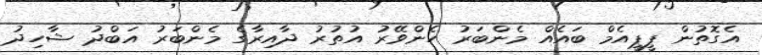
އެގޮތުން ޕީޕީއެމް ބައެއް މެންބަރު ހެންވޭރު އުތުރު ދާއިރާގެ މެންބަރު އަބްދު ޝާހިދު